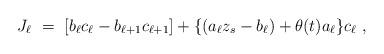
LaTeX: \begin{align*} J_\ell \ = \ [b_\ell c_\ell-b_{\ell+1}c_{\ell+1}]+\{(a_\ell z_s-b_\ell)+\theta(t)a_\ell\}c_\ell \ , \end{align*}